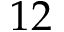
1 2